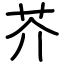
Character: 芥